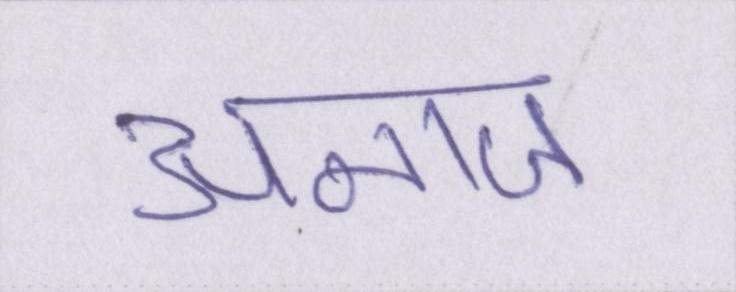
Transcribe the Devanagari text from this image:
अनाज